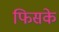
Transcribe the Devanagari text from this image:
फिसके